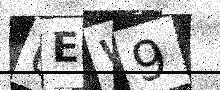
Text: 6EW9